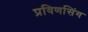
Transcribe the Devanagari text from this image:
प्रविणसिंग